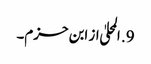
9. المحلیٰ از ابن حزم۔